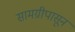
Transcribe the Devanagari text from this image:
सामग्रीपासून